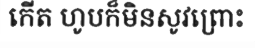
កើត ហូបក៏មិនសូវព្រោះ